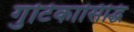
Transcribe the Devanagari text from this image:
गुटिकासिद्धि